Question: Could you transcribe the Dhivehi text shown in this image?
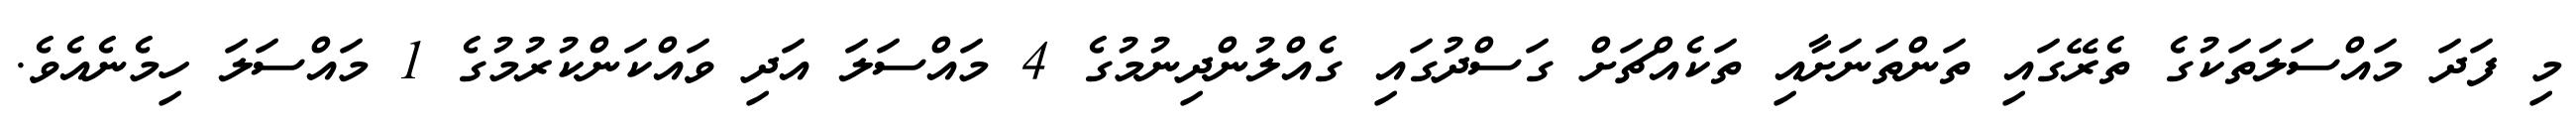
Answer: މި ފަދަ މައްސަލަތަކުގެ ތެރޭގައި ތަންތަނަށާއި ތަކެއްޗަށް ގަސްދުގައި ގެއްލުންދިނުމުގެ 4 މައްސަލަ އަދި ވައްކަންކުރުމުގެ 1 މައްސަލަ ހިމެނެއެވެ.